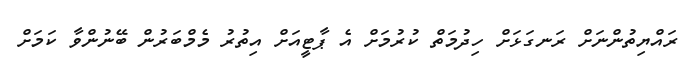
ރައްޔިތުންނަށް ރަނގަޅަށް ހިދުމަތް ކުރުމަށް އެ ޕާޓީއަށް އިތުރު މެމްބަރުން ބޭނުންވާ ކަމަށް